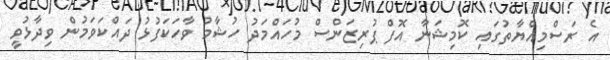
އެ ރަސްމިއްޔާތުގައި ކޮމިޝަނާ އޮފް ޕުރިޒަންސް މުހައްމަދު ހުޝާމު ވާހަކަފުޅު ދައްކަވަމުން ވިދާޅުވީ